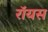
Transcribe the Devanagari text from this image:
राॅयस